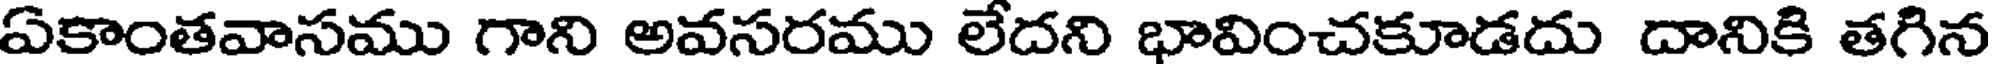
ఏకాంతవాసము గాని అవసరము లేదని భావించకూడదు దానికి తగిన